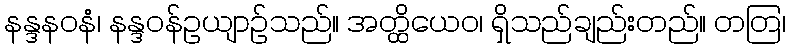
နန္ဒနဝနံ၊ နန္ဒဝန်ဥယျာဉ်သည်။ အတ္ထိယေဝ၊ ရှိသည်ချည်းတည်။ တတြ၊